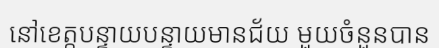
នៅខេត្តបន្ទាយបន្ទាយមានជ័យ មួយចំនួនបាន